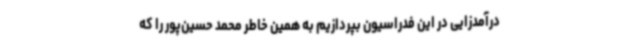
درآمدزایی در این فدراسیون بپردازیم به همین خاطر محمد حسین‌پور را که